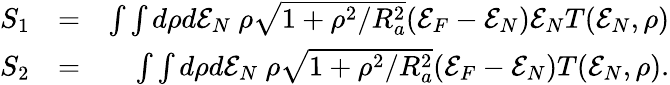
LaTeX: \begin{array}{rlr}{S_{1}}&{=}&{\int\int d\rho d{\cal E}_{N}~\rho\sqrt{1+\rho^{2}/R_{a}^{2}}({\cal E}_{F}-{\cal E}_{N}){\cal E}_{N}T({\cal E}_{N},\rho)}\\ {S_{2}}&{=}&{\int\int d\rho d{\cal E}_{N}~\rho\sqrt{1+\rho^{2}/R_{a}^{2}}({\cal E}_{F}-{\cal E}_{N})T({\cal E}_{N},\rho).}\end{array}